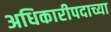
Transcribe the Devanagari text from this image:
अधिकारीपदाच्या